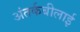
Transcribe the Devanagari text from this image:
अंतर्कबीलाई